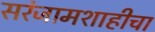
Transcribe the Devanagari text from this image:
सरंजामशाहीचा